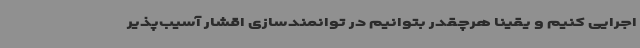
اجرایی کنیم و یقیناً هرچقدر بتوانیم در توانمندسازی اقشار آسیب‌پذیر